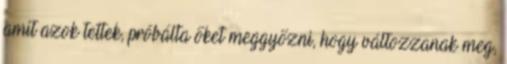
amit azok tettek, próbálta őket meggyőzni, hogy változzanak meg,